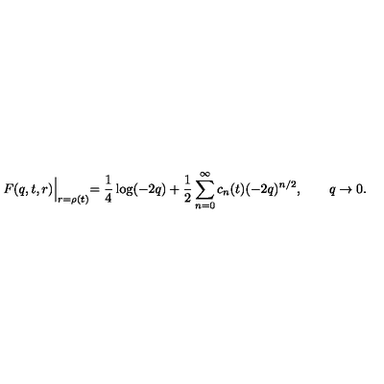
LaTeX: F ( q , t , r ) \Bigl | _ { r = \rho ( t ) } = \frac { 1 } { 4 } \log ( - 2 q ) + \frac { 1 } { 2 } \sum _ { n = 0 } ^ { \infty } c _ { n } ( t ) ( - 2 q ) ^ { n / 2 } , \qquad q \to 0 .